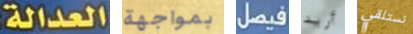
العدالة: بمواجهة فيصل أريد تستلقي